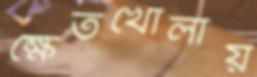
ক্ষেতখোলায়